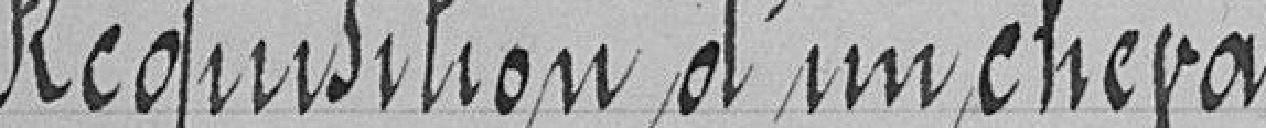
Réquisition d'un cheval